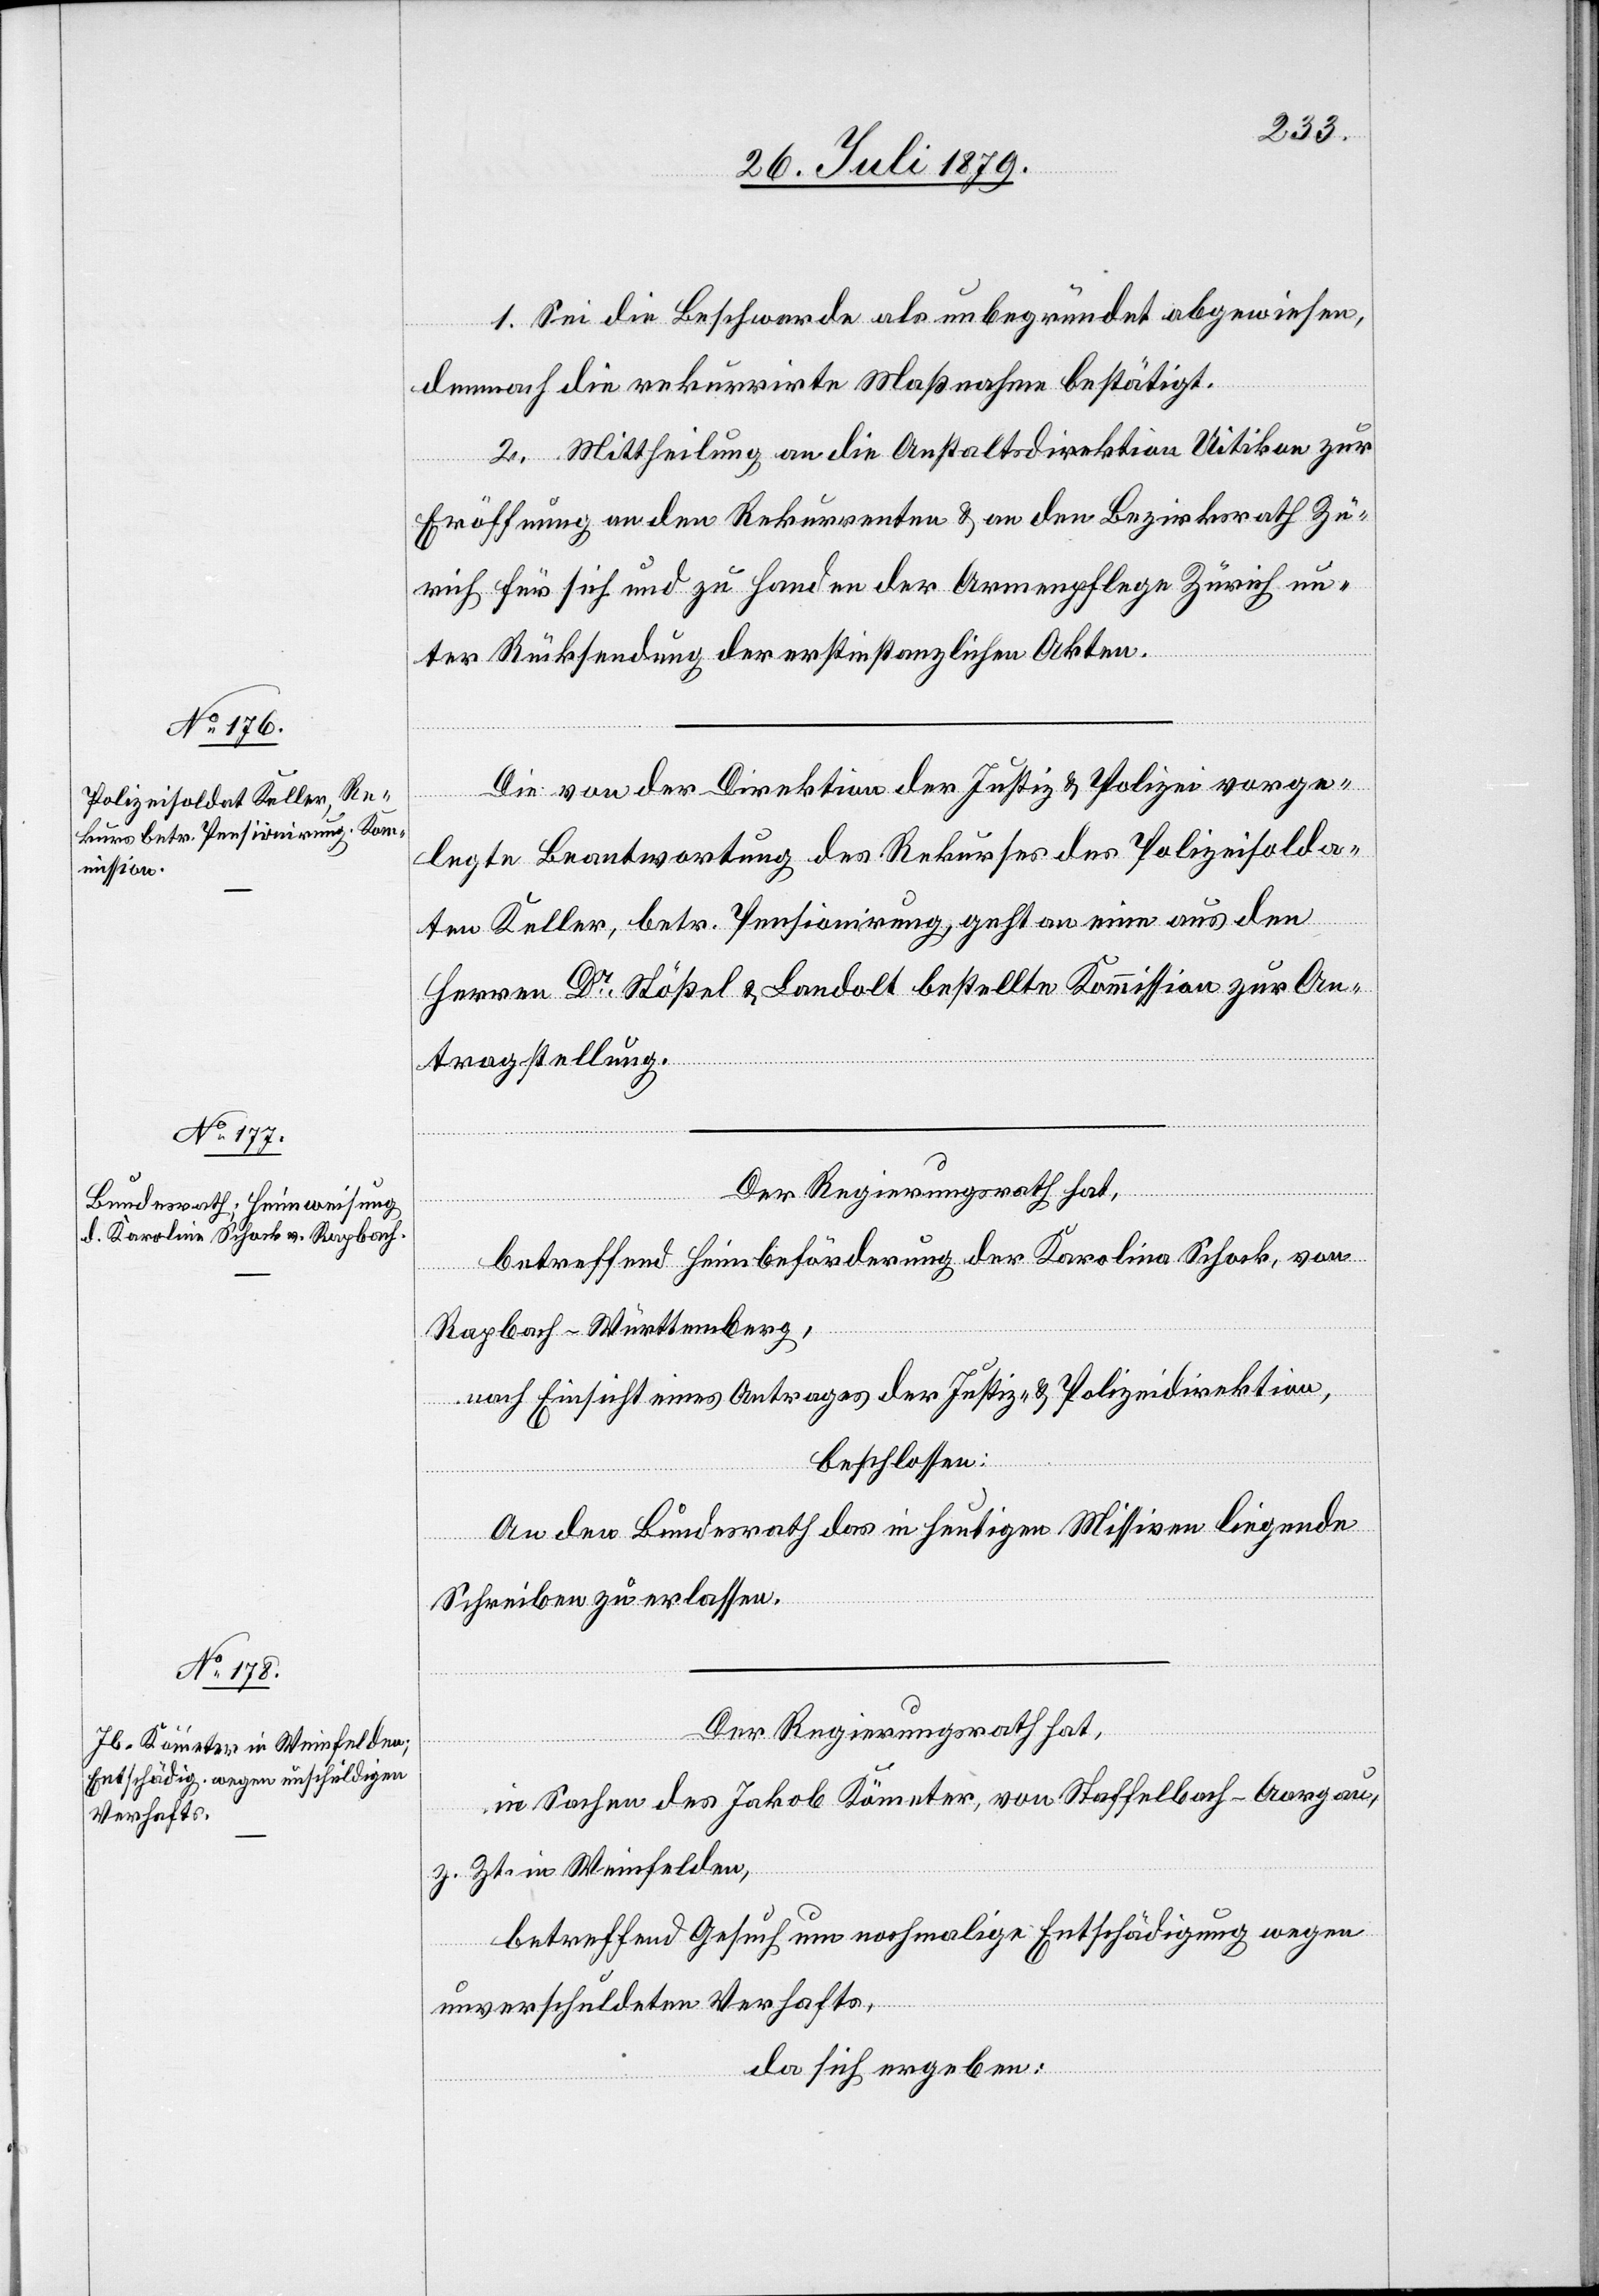
1. Sei die Beschwerde als unbegründet abgewiesen,
demnach die rekurrirte Maßnahme bestätigt.
2. Mittheilung an die Anstaltsdirektion Uitikon zur
Eröffnung an den Rekurrenten & an den Bezirksrath Zü¬
rich für sich und zu Handen der Armenpflege Zürich un¬
ter Rücksendung der erstinstanzlichen Akten.
Die von der Direktion der Justiz & Polizei vorge¬
legte Beantwortung des Rekurses des Polizeisolda¬
ten Keller, betr. Pensionirung, geht an eine aus den
Herren Dr Stößel & Landolt bestellte Kommission zur An¬
tragstellung.
betreffend Heimbeförderung der Karolina Schork, von
Rapbach - Württemberg,
nach Einsicht eines Antrages der Justiz- & Polizeidirektion,
beschlossen:
An den Bundesrath das in heutigen Missiven liegende
Schreiben zu erlassen.
Der Regierungsrath hat,
in Sachen des Jakob Kömter, von Staffelbach - Aargau,
z. Zt. in Weinfelden,
betreffend Gesuch um nochmalige Entschädigung wegen
unverschuldeten Verhafts,
da sich ergeben: